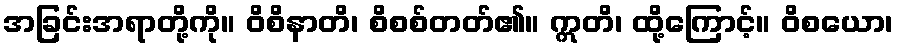
အခြင်းအရာတို့ကို။ ဝိစိနာတိ၊ စိစစ်တတ်၏။ ဣတိ၊ ထို့ကြောင့်။ ဝိစယော၊